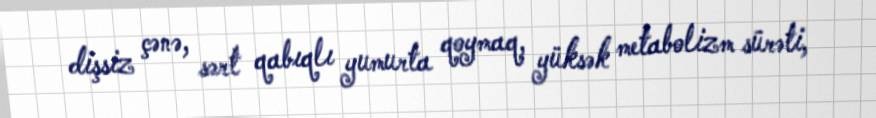
dişsiz çənə, sərt qabıqlı yumurta qoymaq, yüksək metabolizm sürəti,